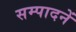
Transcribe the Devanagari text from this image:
सम्पादनें